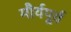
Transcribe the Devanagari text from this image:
मौर्यपूर्व